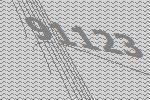
91123